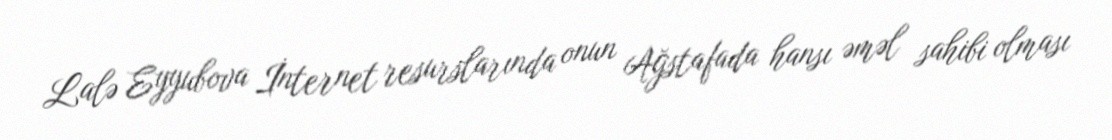
Lalə Eyyubova İnternet resurslarında onun Ağstafada hansı əməl sahibi olması